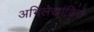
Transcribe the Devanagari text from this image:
अभिलेखांकित